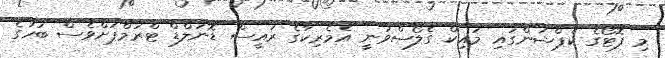
މި ފޮޓޯގެ ކެޕްޝަންގައި މައިކް ގެލޯސްވަނީ އެމެރިކާގެ ރައީސް ޑޮނަލްޑް ޓްރަމްޕަށްވެސް ބަހުގެ